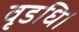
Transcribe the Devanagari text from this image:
वृडधि।